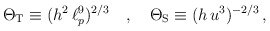
\begin{align*}\Theta_{\rm T} \equiv (h^2 \, \ell_p^9)^{2/3} \quad , \quad \Theta_{\rm S}\equiv (h \, u^3)^{-2/3} \, ,\end{align*}